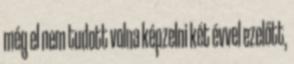
még el nem tudott volna képzelni két évvel ezelőtt,